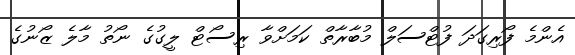
އެންމެ ފޯރިގަދަ ފުޓްސަލް މުބާރާތް ކަމަށްވާ ރިސޯޓް ލީގުގެ ނޯތު މާލެ ޒޯނުގެ